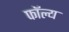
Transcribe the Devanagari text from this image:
फॉल्य